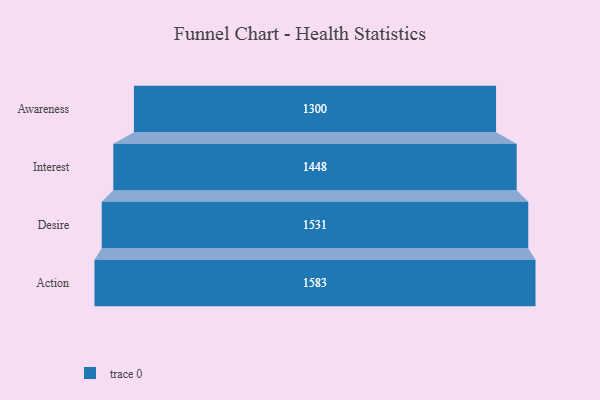
{"axis": {"x": "Stage", "y": "Value"}, "legend": [""], "data": [{"x": "Awareness", "y": 1300.0, "type": ""}, {"x": "Interest", "y": 1448.0, "type": ""}, {"x": "Desire", "y": 1531.0, "type": ""}, {"x": "Action", "y": 1583.0, "type": ""}]}